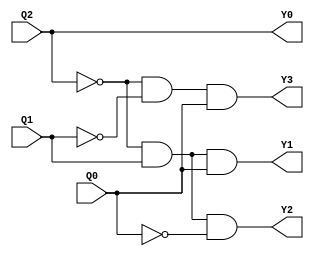

module Arbiter_4_Decoder(
    input wire Q2,
    input wire Q1,
    input wire Q0,
    output wire Y3,
    output wire Y2,
    output wire Y1,
    output wire Y0
    );
    
    assign Y3 = (~Q2) & (~Q1) & (Q0);
    assign Y2 = (~Q2) & (Q1) & (~Q0);
    assign Y1 = (~Q2) & (Q1) & (Q0);
    assign Y0 = Q2;
    
endmodule